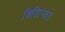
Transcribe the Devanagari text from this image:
बियािन्वत